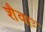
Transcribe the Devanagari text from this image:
शैवाः